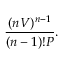
{ \frac { ( n V ) ^ { n - 1 } } { ( n - 1 ) ! P } } .